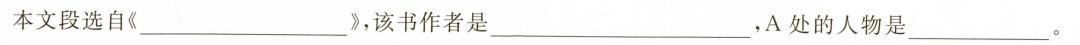
本文段选自《___》，该书作者是___，A 处的人物是___。